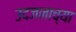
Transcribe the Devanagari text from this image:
उदजनाच्या